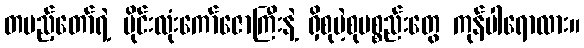
တပည့်တော်ရဲ့ မိုင်းလုံးကော်ဇောကြီးနဲ့ ရှိစုမဲ့စုပစ္စည်းတွေ ကုန်ပါရောလား။